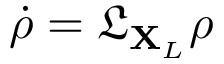
\dot { \rho } = \mathfrak { L } _ { \mathbf { X } _ { L } } \rho